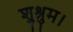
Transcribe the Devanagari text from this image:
शुश्रुम।